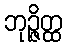
ဘုဉ္ဇိတ္ထ